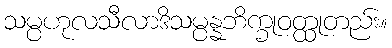
သမ္ပဟုလသီလာဒိသမ္ပန္နဘိက္ခုဝတ္ထုတည်း။